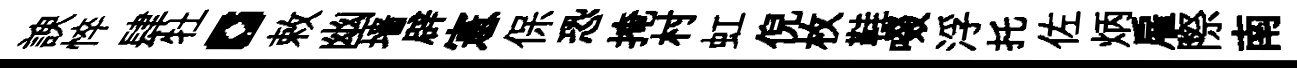
諛悴肆牡。敕幽墙辟憲保恐掩村虹倪枚鞋啜浮托佐炳雇際南